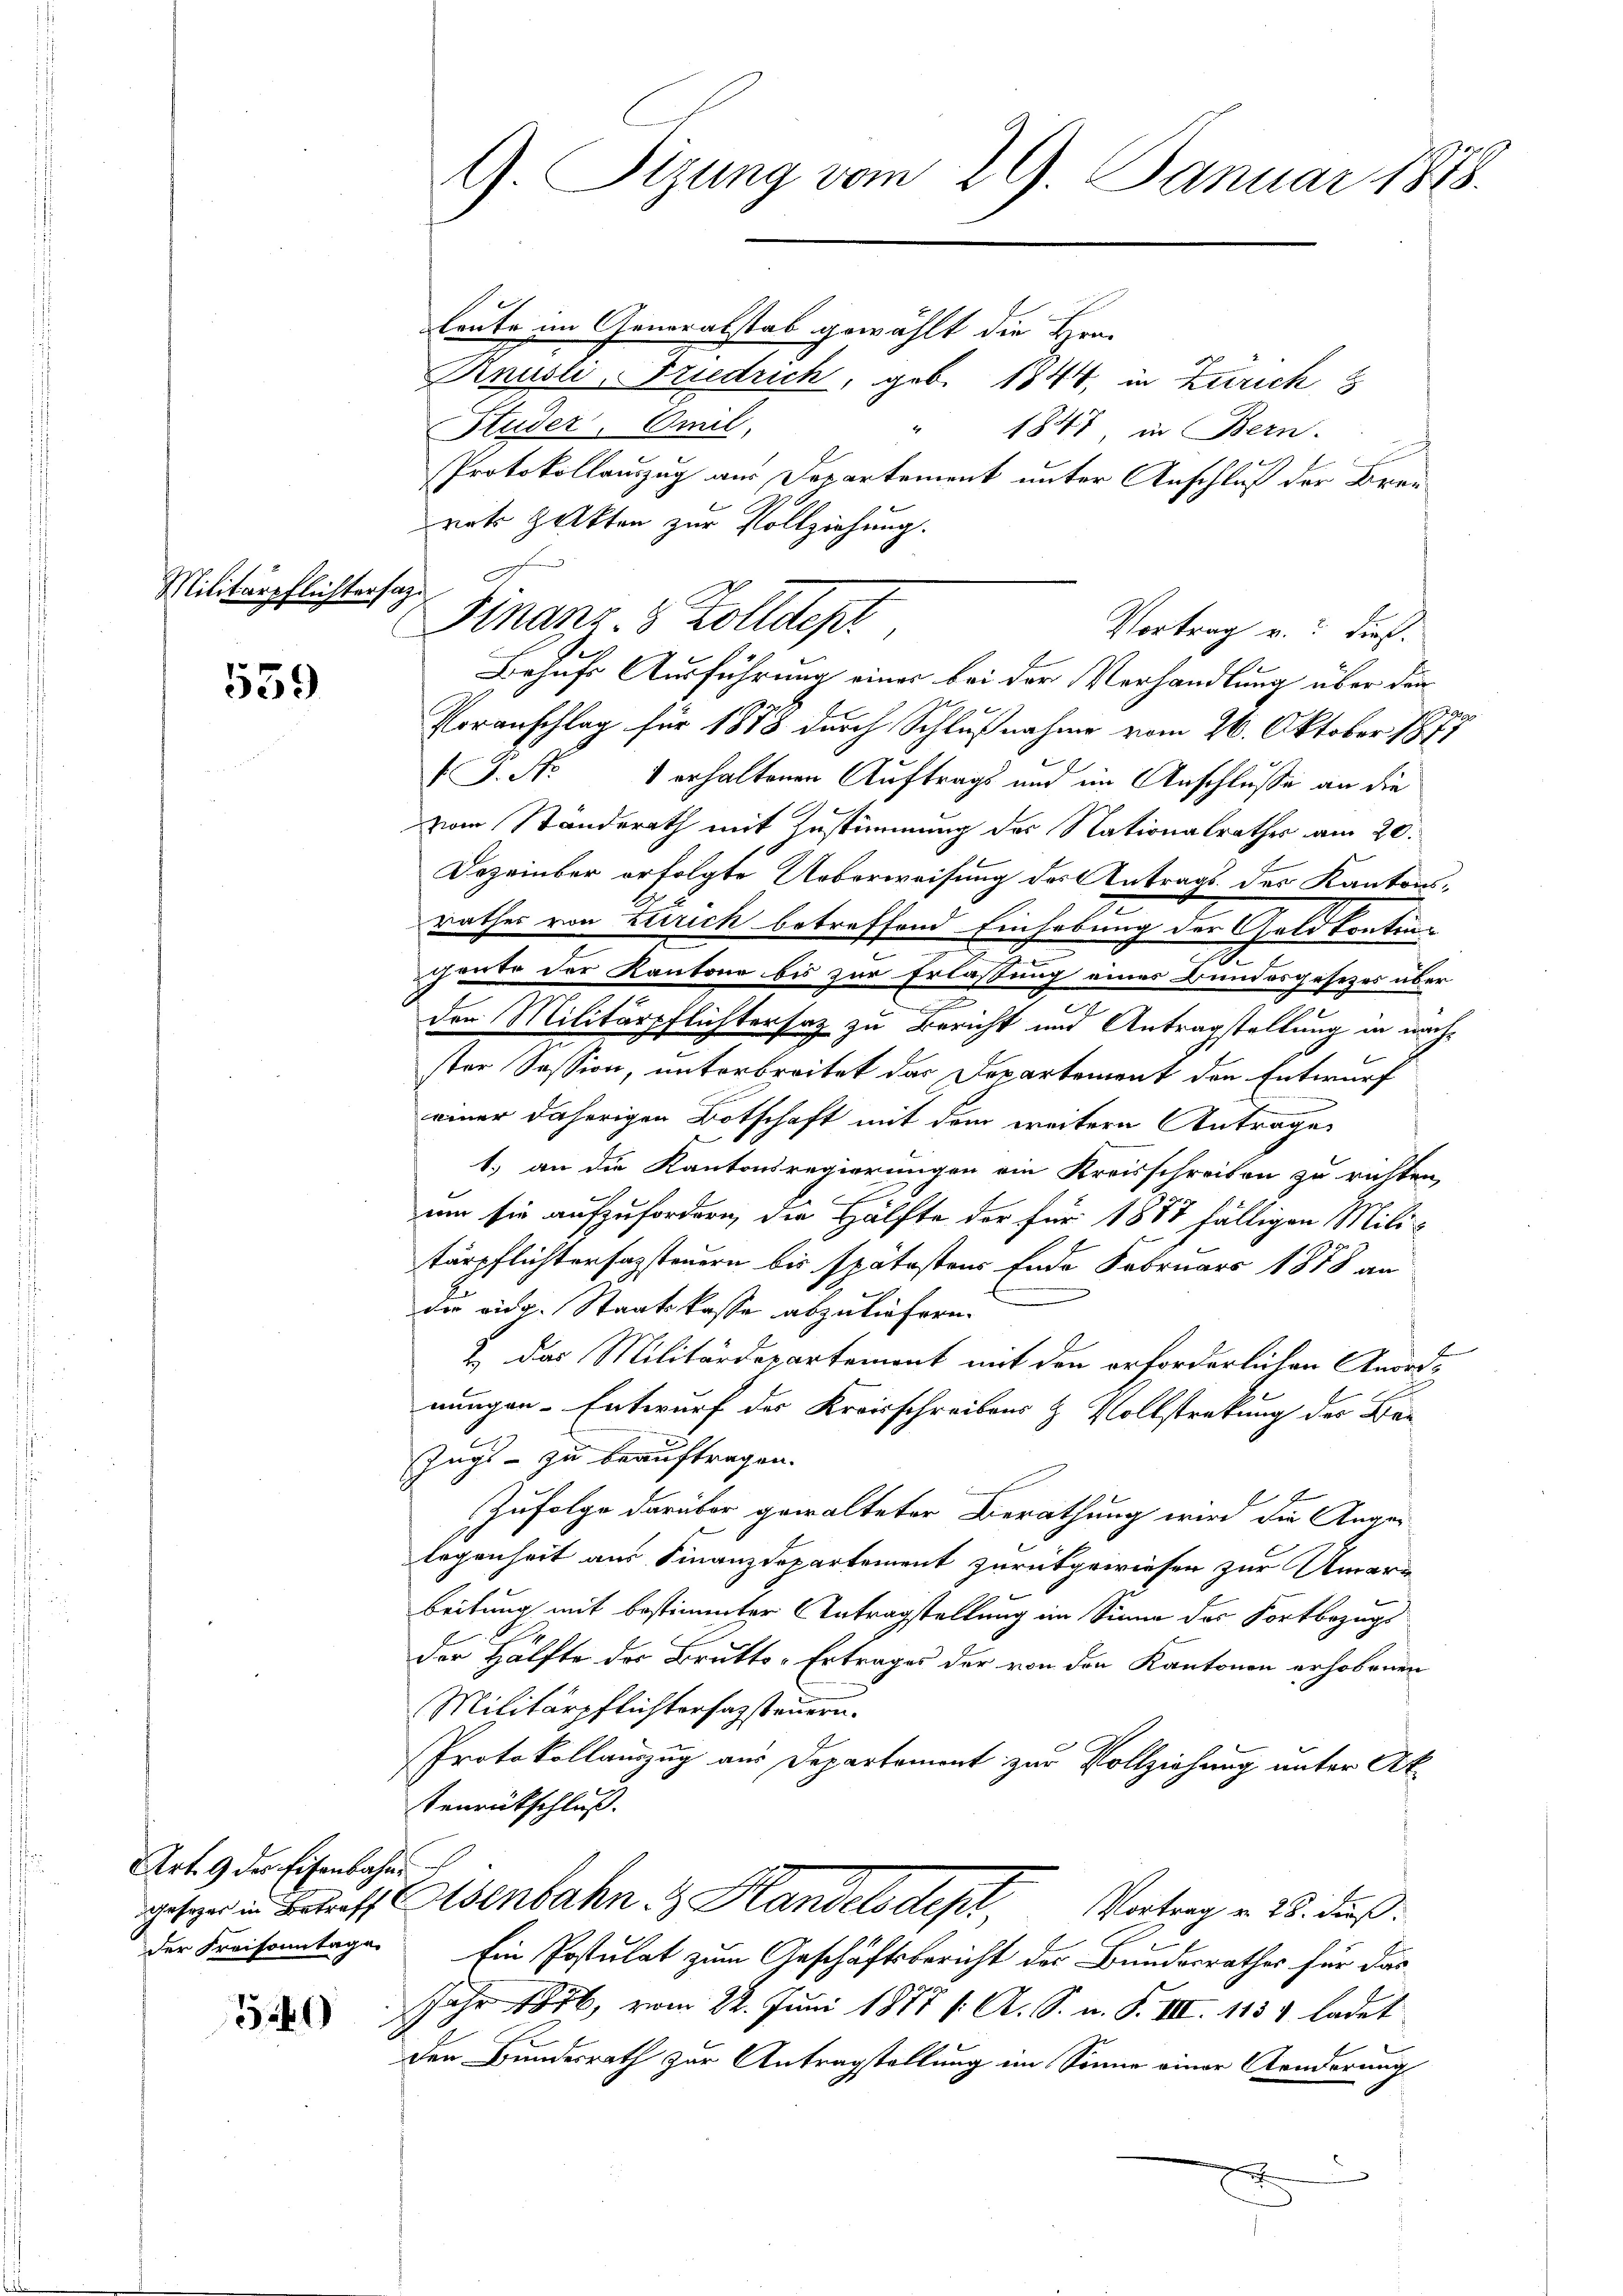
Militärpflichtersage

539

Art. 9 des Eisenbahne
der Kreisonntage

5540

leute im Generalstab gewählt die Hrn.
Rnusli, Friedrich, geb. 1844, in Zürich
Studer, Amil,
1847 in Bern.
Protokollauszug aus Departement unter Anschluß der Breirats Halkten zur Vollziehung.
Behufs Ausführung einer bei der Verhandlung über den
2
Voranschlag für 1878 durch Schlußnahme vom 26. Oktober 1873
J. Nr. 1 erhaltenen Auftrags und im Anschlusse an die
zwie Ständerath mit Zustimmung der Nationalrathes am 20.
Dezember erfolgte Ueberweisung des Antrags des Kantonsrathes von Zürich betreffend Einhebung der Geld kontin-
n
geute der Kantone bis zur Erlassung eines Bundesgesetzes über
e
den Militärpflichtersatz zu Bericht und Antragstellung in nachster Session, unterbreitet das Departement den Entwurf
einer daherigen Botschaft mit dem weitere Antrage
1.) an die Kantonsregierungen ein Kreisschreiben zu richten,
um sie aufzufordern, die Hälfte der für 1887 fälligen Militärpflichterfassteuern bis spätestens Ende Februars 1878 an
die eidg. Staatskasse abzuliefern.
2 das Militärdepartement mit den erforderlichen Anordnungen-Entwurf der Kreisschreibens & Vollstrakung des Bär
Zugs - zu beauftragen.
Zufolge darüber gewalteter Berathung wird die Ange-
legenheit aus Finanzdepartement zurückgewiesen zur Umarr
beitung mit bestimmter Antragstellung im Sinne des Fortbezugs
der Hälfte des Brutto-Ertrages der von den Kantonen erhobenen
Militärpflichtersazsteuern.
Protokollauszug aus Departement zur Vollziehung unter Ak¬
Tenrütschluß.
gester in Betreff Eisenbahn in Handelsdept, Vortrag v. 28. dieß:
Ein Postulat zum Geschäftsbericht der Bundesrathes für das
Jahr 1876, vom 22. Juni 1877 (: A. S. n. F. VIII. 113 & ladet
den Bundesrath zur Antragstellung im Sinne einer Aenderung
h

G. Sizung vom 29. Januar 1878.

Finanz. 8 Zolldept
Vortrag u. dies.
.